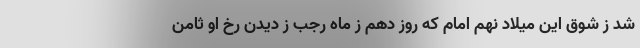
شد ز شوق این میلاد نهم امام که روز دهم ز ماه رجب ز دیدن رخ او ثامن